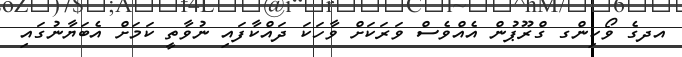
އދގެ ވޯކިންގ ގްރޫޕުން އެއްވެސް ވަރަކަށް ވާހަކަ ދައްކާފައި ނުވާތީ ކަމަށް އެބަޔާނުގައި